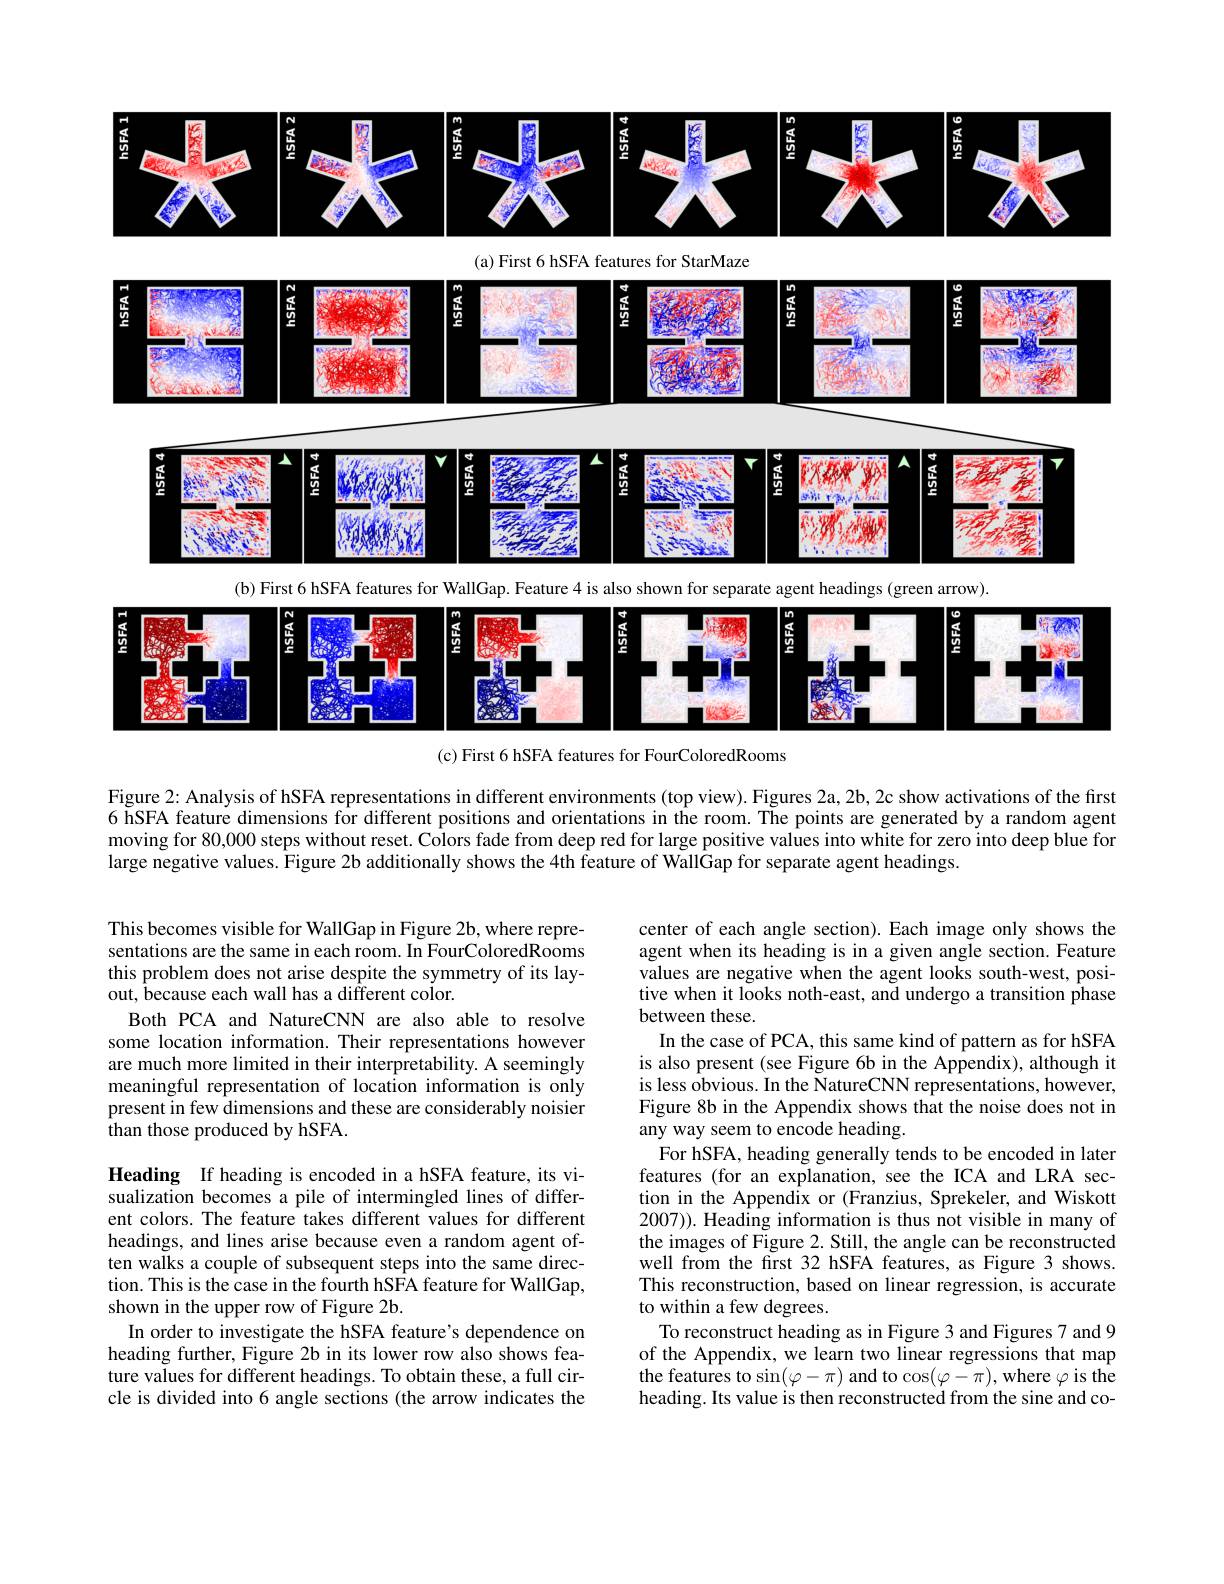
<FigureHere>

(b) First 6 hSFA features for WallGap. Feature 4 is also shown for separate agent headings (green arrow).

<FigureHere>

(c) First 6 hSFA features for FourColoredRooms

Figure 2: Analysis of hSFA representations in different environments (top view). Figures 2a, 2b, 2c show activations of the first 6 hSFA feature dimensions for different positions and orientations in the room. The points are generated by a random agent moving for 80,000 steps without reset. Colors fade from deep red for large positive values into white for zero into deep blue for large negative values. Figure 2b additionally shows the 4th feature of WallGap for separate agent headings

This becomes visible for WallGap in Figure 2b, where representations are the same in each room. In FourColoredRooms this problem does not arise despite the symmetry of its layout, because each wall has a different color.
Both PCA and NatureCNN are also able to resolve some location information. Their representations however are much more limited in their interpretability. A seemingly meaningful representation of location information is only present in few dimensions and these are considerably noisier than those produced by hSFA.

center of each angle section). Each image only shows the agent when its heading is in a given angle section. Feature values are negative when the agent looks south-west, positive when it looks noth-east, and undergo a transition phase between these.
In the case of PCA, this same kind of pattern as for hSFA is also present (see Figure 6b in the Appendix), although it is less obvious. In the NatureCNN representations, however, Figure 8b in the Appendix shows that the noise does not in any way seem to encode heading.
For hSFA, heading generally tends to be encoded in later features (for an explanation, see the ICA and LRA section in the Appendix or (Franzius, Sprekeler, and Wiskott 2007)). Heading information is thus not visible in many of the images of Figure 2. Still, the angle can be reconstructed well from the first 32 hSFA features, as Figure 3 shows. This reconstruction, based on linear regression, is accurate to within a few degrees.
To reconstruct heading as in Figure 3 and Figures 7 and 9 of the Appendix, we learn two linear regressions that map the features to $\sin(\varphi-\pi)$ and to $\cos(\varphi-\pi)$,where $\varphi$ is the heading. Its value is then reconstructed from the sine and co-

Heading If heading is encoded in a hSFA feature, its visualization becomes a pile of intermingled lines of different colors. The feature takes different values for different headings, and lines arise because even a random agent often walks a couple of subsequent steps into the same direction. This is the case in the fourth hSFA feature for WallGap, shown in the upper row of Figure 2b
In order to investigate the hSFA feature's dependence on heading further, Figure 2b in its lower row also shows feature values for different headings. To obtain these, a full circle is divided into 6 angle sections (the arrow indicates the